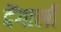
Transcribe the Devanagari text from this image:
देंगाली